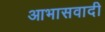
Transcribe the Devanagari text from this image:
आभासवादी